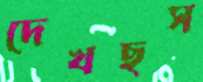
দেখছস